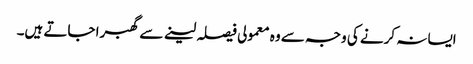
ایسا نہ کرنے کی وجہ سے وہ معمولی فیصلہ لینے سے گھبرا جاتے ہیں۔